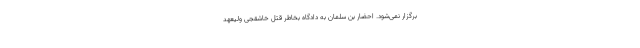
برگزار نمی‌شود. احضار بن سلمان به دادگاه بخاطر قتل خاشقجی ولیعهد